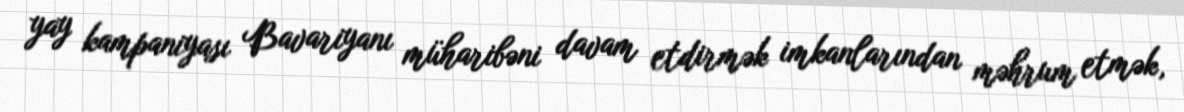
yay kampaniyası Bavariyanı müharibəni davam etdirmək imkanlarından məhrum etmək,